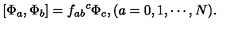
[ \Phi _ { a } , \Phi _ { b } ] = { f _ { a b } } ^ { c } \Phi _ { c } , ( a = 0 , 1 , \cdots , N ) .